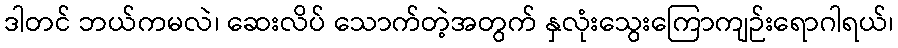
ဒါတင် ဘယ်ကမလဲ၊ ဆေးလိပ် သောက်တဲ့အတွက် နှလုံးသွေးကြောကျဉ်းရောဂါရယ်၊